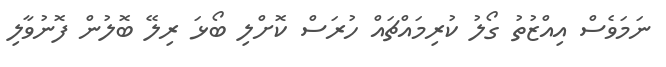
ނަމަވެސް އިއްޒުތު ގޯލު ކުރިމައްޗައް ހުރަސް ކޮށްލި ބޯޅަ ރިލޭ ބޮލުން ފޮނުވާލި